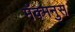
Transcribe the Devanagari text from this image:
मॅक्मनुस